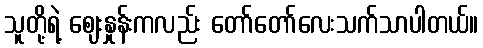
သူတို့ရဲ့ ဈေးနှုန်းကလည်း တော်တော်လေးသက်သာပါတယ်။